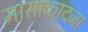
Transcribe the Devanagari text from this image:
मासाकादजा